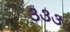
૩૩૩